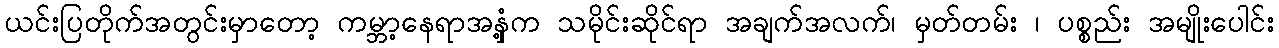
ယင်းပြတိုက်အတွင်းမှာတော့ ကမ္ဘာ့နေရာအနှံ့က သမိုင်းဆိုင်ရာ အချက်အလက်၊ မှတ်တမ်း ၊ ပစ္စည်း အမျိုးပေါင်း